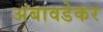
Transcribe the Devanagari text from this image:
अंबावडेकर